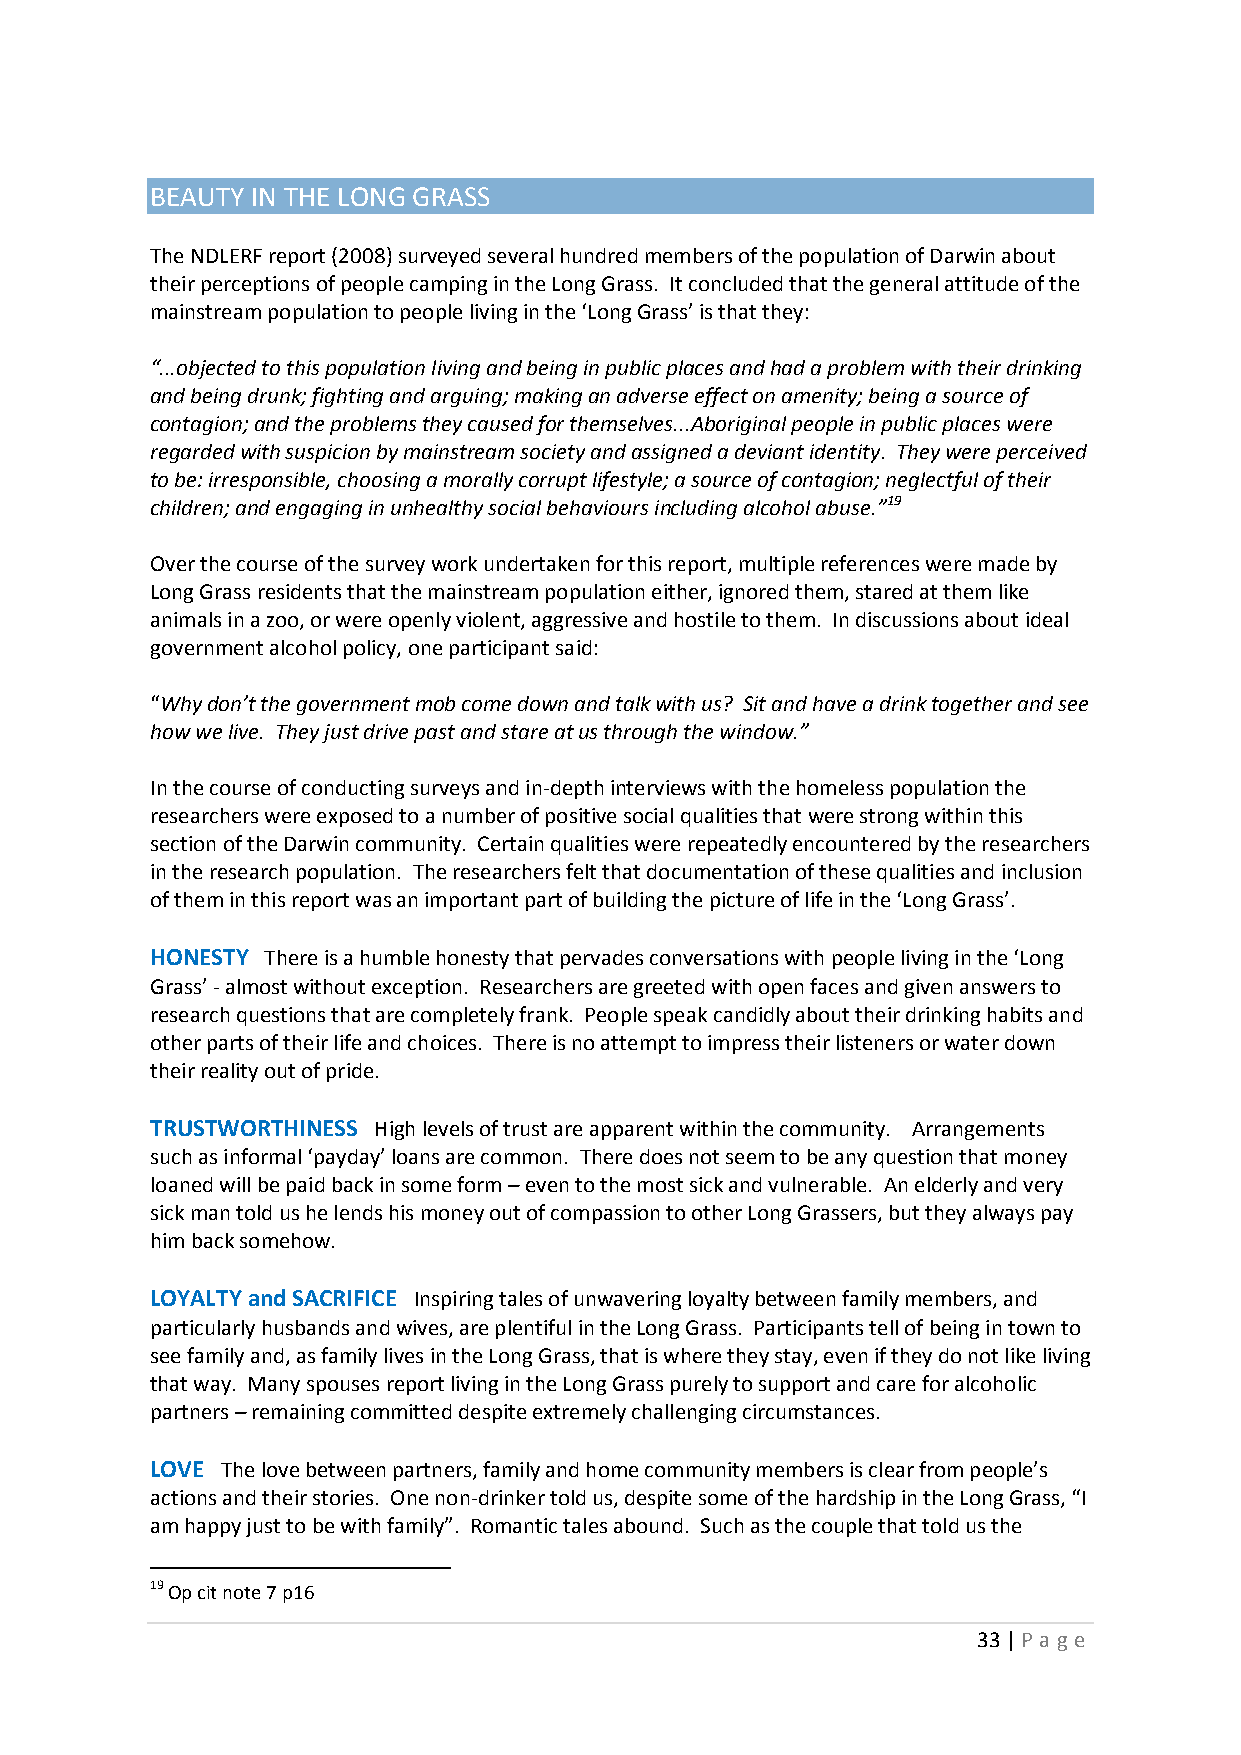
BEAUTY IN THE LONG GRASS
 The NDLERF report (2008) surveyed several hundred members of the population of Darwin about
 their perceptions of people camping in the Long Grass. It concluded that the general attitude of the
 mainstream population to people living in the ‘Long Grass’ is that they:
 “...objected to this population living and being in public places and had a problem with their drinking
 and being drunk; fighting and arguing; making an adverse effect on amenity; being a source of
 contagion; and the problems they caused for themselves...Aboriginal people in public places were
 regarded with suspicion by mainstream society and assigned a deviant identity. They were perceived
 to be: irresponsible, choosing a morally corrupt lifestyle; a source of contagion; neglectful of their
 children; and engaging in unhealthy social behaviours including alcohol abuse.”19
 Over the course of the survey work undertaken for this report, multiple references were made by
 Long Grass residents that the mainstream population either, ignored them, stared at them like
 animals in a zoo, or were openly violent, aggressive and hostile to them. In discussions about ideal
 government alcohol policy, one participant said:
 “Why don’t the government mob come down and talk with us? Sit and have a drink together and see
 how we live. They just drive past and stare at us through the window.”
 In the course of conducting surveys and in-depth interviews with the homeless population the
 researchers were exposed to a number of positive social qualities that were strong within this
 section of the Darwin community. Certain qualities were repeatedly encountered by the researchers
 in the research population. The researchers felt that documentation of these qualities and inclusion
 of them in this report was an important part of building the picture of life in the ‘Long Grass’.
 HONESTY There is a humble honesty that pervades conversations with people living in the ‘Long
 Grass’ - almost without exception. Researchers are greeted with open faces and given answers to
 research questions that are completely frank. People speak candidly about their drinking habits and
 other parts of their life and choices. There is no attempt to impress their listeners or water down
 their reality out of pride.
 TRUSTWORTHINESS High levels of trust are apparent within the community. Arrangements
 such as informal ‘payday’ loans are common. There does not seem to be any question that money
 loaned will be paid back in some form – even to the most sick and vulnerable. An elderly and very
 sick man told us he lends his money out of compassion to other Long Grassers, but they always pay
 him back somehow.
 LOYALTY and SACRIFICE Inspiring tales of unwavering loyalty between family members, and
 particularly husbands and wives, are plentiful in the Long Grass. Participants tell of being in town to
 see family and, as family lives in the Long Grass, that is where they stay, even if they do not like living
 that way. Many spouses report living in the Long Grass purely to support and care for alcoholic
 partners – remaining committed despite extremely challenging circumstances.
 LOVE The love between partners, family and home community members is clear from people’s
 actions and their stories. One non-drinker told us, despite some of the hardship in the Long Grass, “I
 am happy just to be with family”. Romantic tales abound. Such as the couple that told us the
 19 Op cit note 7 p16
 33 | P age